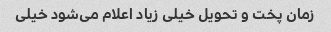
زمان پخت و تحویل خیلی زیاد اعلام می‌شود خیلی